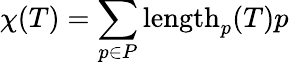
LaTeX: \chi(T)=\sum_{p\in P}\operatorname{length}_{p}(T)p